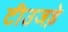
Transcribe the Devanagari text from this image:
टीउजड़े